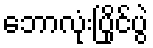
ဘောလုံးပြိုင်ပွဲ